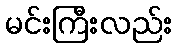
မင်းကြီးလည်း